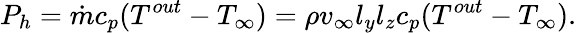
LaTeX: P_{h}=\dot{m}c_{p}(T^{out}-T_{\infty})=\rho v_{\infty}l_{y}l_{z}c_{p}(T^{out}-T_{\infty}).